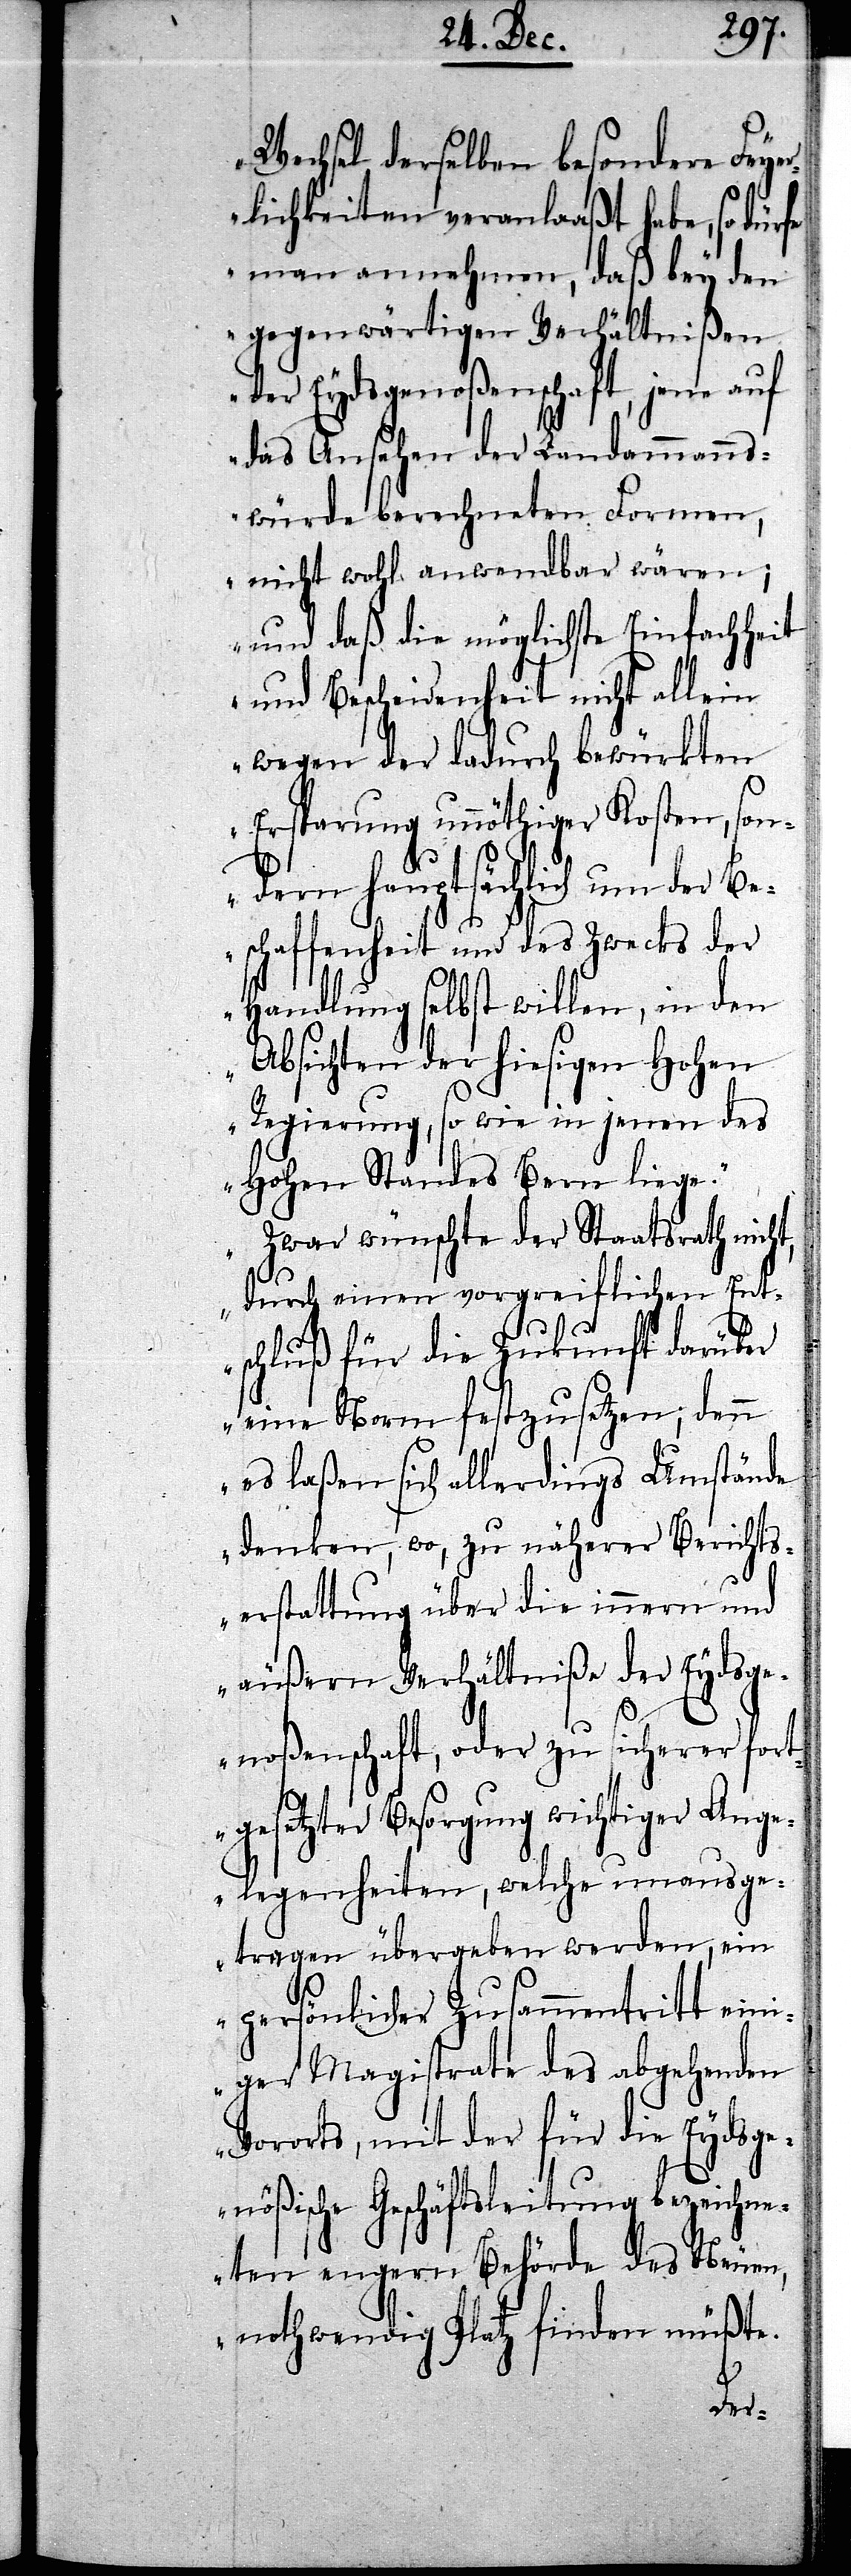
Wechsel derselben besondere Feyer¬
lichkeiten veranlaaßt habe, so dürfe
man annehmen, daß bey den
gegenwärtigen Verhältnißen
der Eydsgenoßenschaft, jene auf
das Ansehen der Landammans¬
würde berechneten Formen,
nicht wohl anwendbar wären;
und daß die möglichste Einfachheit
und Bescheidenheit nicht allein
wegen der dadurch bewürkten
Ersparung unnöthiger Kosten, son¬
dern hauptsächlich um der Be¬
schaffenheit und des Zwecks der
Handlung selbst willen, in den
Absichten der hiesigen Hohen
Regierung, so wie in jenen des
Hohen Standes Bern liege.
Zwar wünschte der Staatsrath nicht,
durch einen vorgreiflichen Ent¬
schluß für die Zukunft darüber
eine Norm festzusetzen; denn
es laßen sich allerdings Umstände
denken, wo, zu näherer Bericht¬
erstattung über die innern und
äußern Verhältniße der Eydsge¬
noßenschaft, oder zu sicherer fort¬
gesetzter Besorgung wichtiger Ange¬
legenheiten, welche unausge¬
tragen übergeben werden, ein
persönlicher Zusammentritt ein¬
iger Magistrate des abgehenden
Vororts, mit der für die Eydsge¬
nößische Geschäftsleitung bezeichn¬
eten engern Behörde des Neuen,
nothwendig Platz finden müßte.